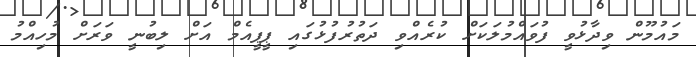
މައުމޫން ވިދާޅުވީ ފުވައްމުލަކަށް ކުރެއްވި ދަތުރުފުޅުގައި ޕީޕީއެމް އަށް ލިބުނީ ވަރަށް މުހިއްމު